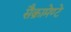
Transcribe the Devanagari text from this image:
सैक्रामेण्टे